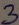
Text: 3